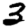
Digit: 3